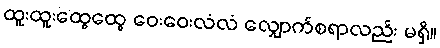
ထူးထူးထွေထွေ ဝေးဝေးလံလံ လျှောက်စရာလည်း မရှိ။